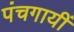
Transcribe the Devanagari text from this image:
पंचगायीं